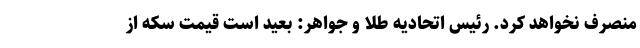
منصرف نخواهد کرد. رئیس اتحادیه طلا و جواهر: بعید است قیمت سکه از